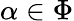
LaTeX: \alpha\in\Phi